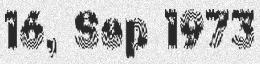
16, Sep 1973